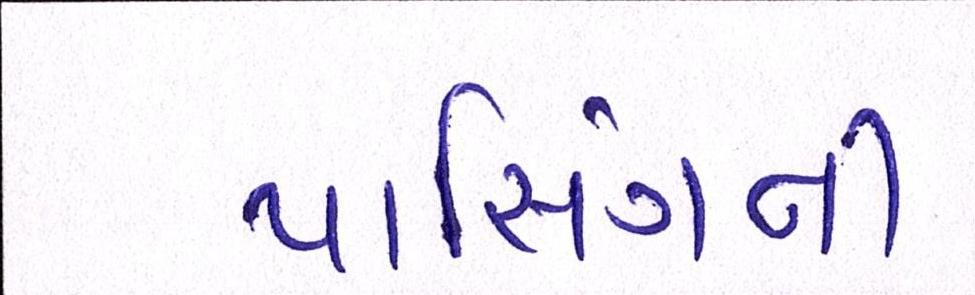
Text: પાસિંગની